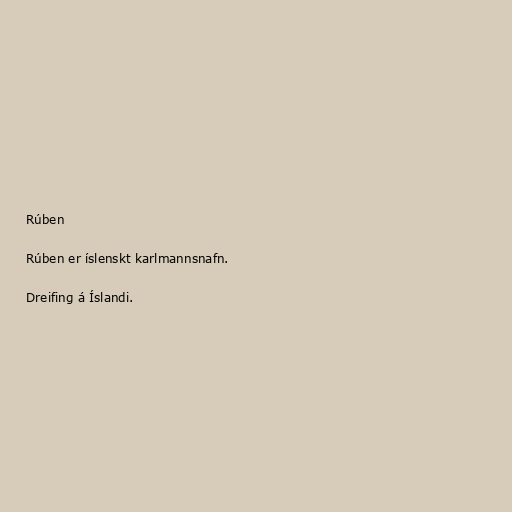
Rúben

Rúben er íslenskt karlmannsnafn.

Dreifing á Íslandi.